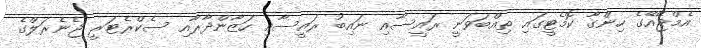
އެމްޖޭއޭގެ ހިންގާ ކޮމެޓީގައި ތިއްބަވަނީ ރައީސާއި ނައިބު ރައީސާއި ހަޒާންދާރާއި ސެކްރެޓަރީ ޖެނެރަލްގެ